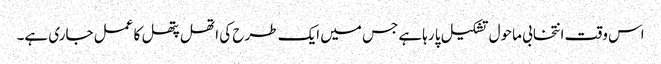
اس وقت انتخابی ماحول تشکیل پا رہاہے جس میں ایک طرح کی اتھل پتھل کا عمل جاری ہے۔